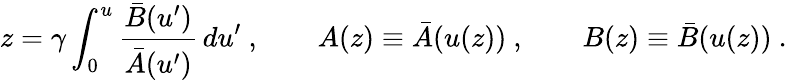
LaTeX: z=\gamma\int_{0}^{u}\frac{{\bar{B}}(u^{\prime})}{{\bar{A}}(u^{\prime})}\, du^{\prime}\ ,\qquad A(z)\equiv{\bar{A}}(u(z))\ ,\qquad B(z)\equiv{\bar{B}}(u(z))\ .